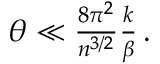
\begin{array} { r } { \theta \ll \frac { 8 \pi ^ { 2 } } { n ^ { 3 / 2 } } \frac { k } { \beta } \, . } \end{array}